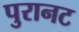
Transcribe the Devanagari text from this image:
पुरानट